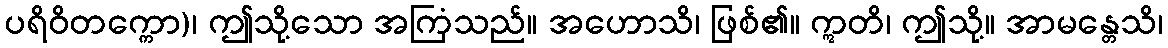
ပရိဝိတက္ကော)၊ ဤသို့သော အကြံသည်။ အဟောသိ၊ ဖြစ်၏။ ဣတိ၊ ဤသို့။ အာမန္တေသိ၊